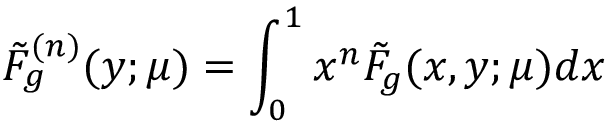
\tilde { F } _ { g } ^ { ( n ) } ( y ; \mu ) = \int _ { 0 } ^ { 1 } x ^ { n } \tilde { F } _ { g } ( x , y ; \mu ) d x